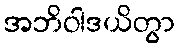
အဘိဝါဒယိတွာ